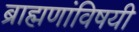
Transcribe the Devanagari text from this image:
ब्राह्मणांविषयी